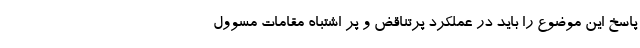
پاسخ این موضوع را باید در عملکرد پرتناقض و پر اشتباه مقامات مسوول